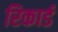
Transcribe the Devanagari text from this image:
रिकार्ड